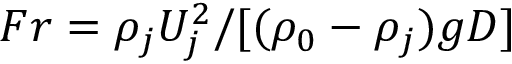
F r = \rho _ { j } U _ { j } ^ { 2 } / [ ( \rho _ { 0 } - \rho _ { j } ) g D ]